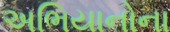
અભિયાનોના